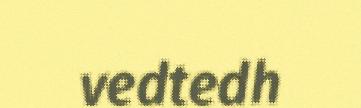
vedtedh